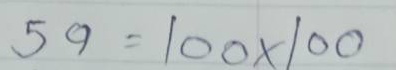
59 = 100 x 100